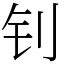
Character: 钊